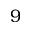
9